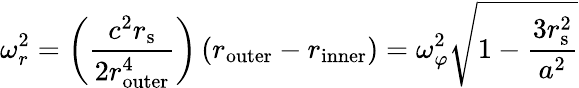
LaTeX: \omega_{r}^{2}=\left({\frac{c^{2}r_{\mathrm{{s}}}}{2r_{\mathrm{outer}}^{4}}}\right)\left(r_{\mathrm{outer}}-r_{\mathrm{inner}}\right)=\omega_{\varphi}^{2}{\sqrt{1-{\frac{3r_{\mathrm{{s}}}^{2}}{a^{2}}}}}